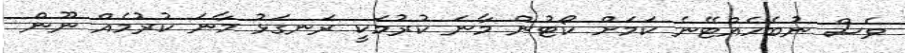
ވެސް ނުބެހެއްޓޭނެ ކަމަށް ކޯޓުން މާނަ ކުރުމަކީ ރަނގަޅު މާނަ ކުރުމެއް ނޫން